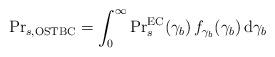
LaTeX: \begin{align*} {\Pr}_{s, \rm{OSTBC}} = \int_0^\infty {\Pr}_s^{\rm EC} (\gamma_b) \, f_{\gamma_b}(\gamma_b) \, \mathrm{d}\gamma_b\end{align*}